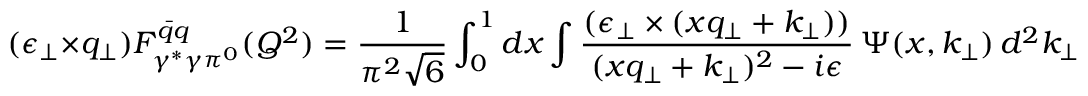
( \epsilon _ { \perp } \times q _ { \perp } ) F _ { \gamma ^ { * } \gamma \pi ^ { 0 } } ^ { \bar { q } q } ( Q ^ { 2 } ) = { \frac { 1 } { \pi ^ { 2 } \sqrt { 6 } } } \int _ { 0 } ^ { 1 } d x \int \frac { ( \epsilon _ { \perp } \times ( x q _ { \perp } + k _ { \perp } ) ) } { ( x q _ { \perp } + k _ { \perp } ) ^ { 2 } - i \epsilon } \, \Psi ( x , k _ { \perp } ) \, d ^ { 2 } k _ { \perp } \, .